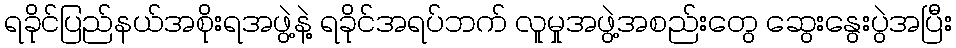
ရခိုင်ပြည်နယ်အစိုးရအဖွဲ့နဲ့ ရခိုင်အရပ်ဘက် လူမှုအဖွဲ့အစည်းတွေ ဆွေးနွေးပွဲအပြီး